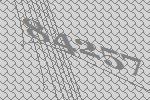
84257